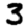
Digit: 3